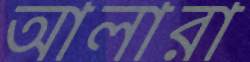
আলারা